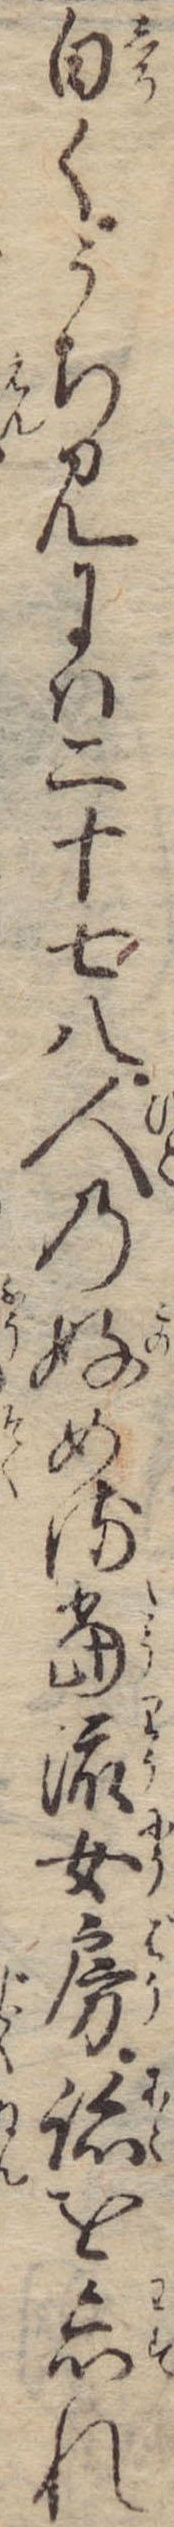
白くうち見には二十七八人の好める当流女房跡を忘れ